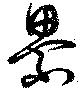
纍